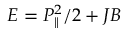
{ \cal E } = P _ { \| } ^ { 2 } / 2 + J B